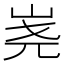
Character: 𰎔